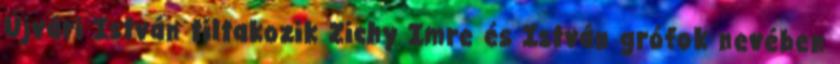
Újvári István tiltakozik Zichy Imre és István grófok nevében